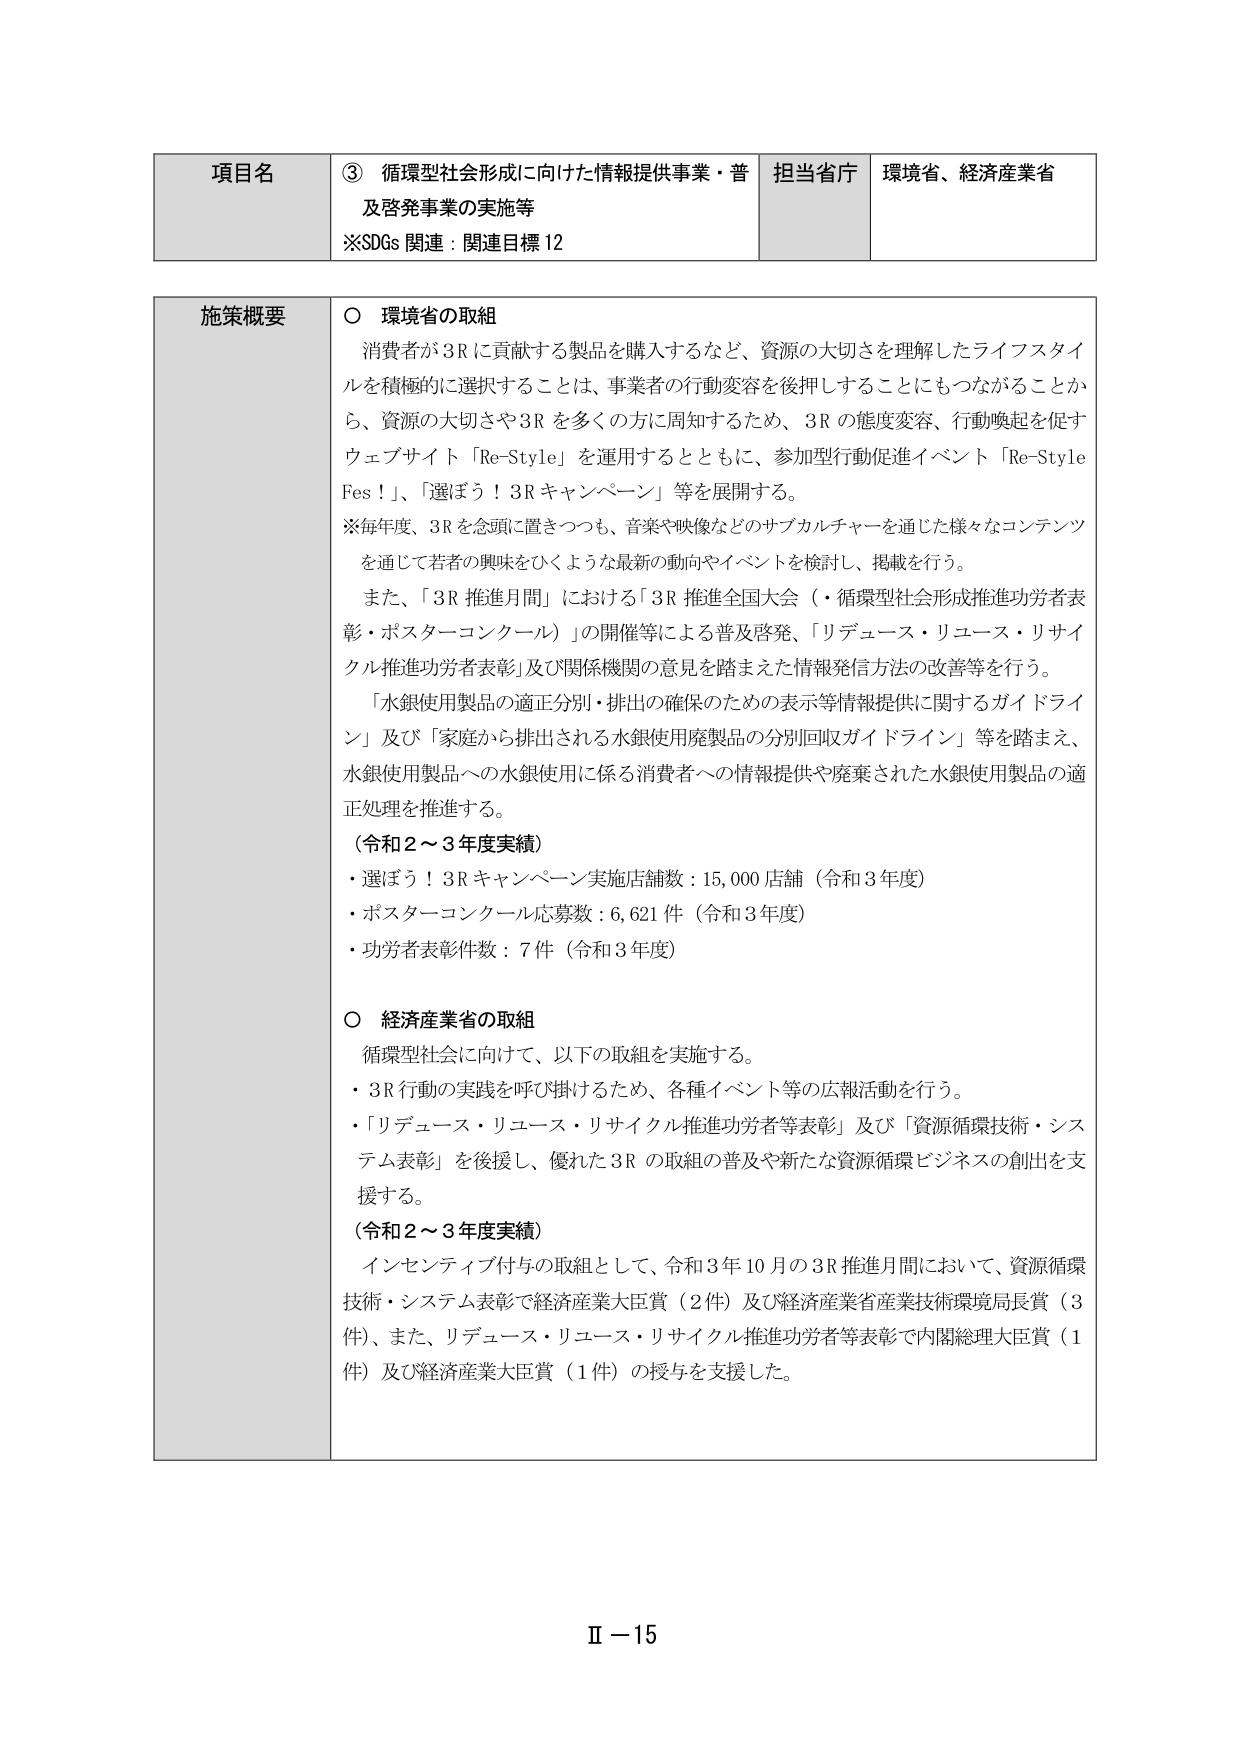
項目名 ③ 循環型社会形成に向けた情報提供事業・普及啓発事業の実施等
※SDGs 関連：関連目標12
担当省庁 環境省、経済産業省

施策概要
〇 環境省の取組
消費者が3Rに貢献する製品を購入するなど、資源の大切さを理解したライフスタイルを積極的に選択することは、事業者の行動変容を後押しすることにもつながることから、資源の大切さや3Rを多くの方に周知するため、3Rの態度変容、行動喚起を促すウェブサイト「Re-Style」を運用するとともに、参加型行動促進イベント「Re-Style Fes！」、「選ぼう！3Rキャンペーン」等を展開する。
※毎年度、3Rを念頭に置きつつも、音楽や映像などのサブカルチャーを通じた様々なコンテンツを通じて若者の興味をひくような最新の動向やイベントを検討し、掲載を行う。
また、「3R推進月間」における「3R推進全国大会（・循環型社会形成推進功労者表彰・ポスターコンクール）」の開催等による普及啓発、「リデュース・リユース・リサイクル推進功労者表彰」及び関係機関の意見を踏まえた情報発信方法の改善等を行う。
「水銀使用製品の適正分別・排出の確保のための表示等情報提供に関するガイドライン」及び「家庭から排出される水銀使用廃製品の分別回収ガイドライン」等を踏まえ、水銀使用製品への水銀使用に係る消費者への情報提供や廃棄された水銀使用製品の適正処理を推進する。
（令和2～3年度実績）
・選ぼう！3Rキャンペーン実施店舗数：15,000店舗（令和3年度）
・ポスターコンクール応募数：6,621件（令和3年度）
・功労者表彰件数：7件（令和3年度）

〇 経済産業省の取組
循環型社会に向けて、以下の取組を実施する。
・3R行動の実践を呼び掛けるため、各種イベント等の広報活動を行う。
・「リデュース・リユース・リサイクル推進功労者等表彰」及び「資源循環技術・システム表彰」を後援し、優れた3Rの取組の普及や新たな資源循環ビジネスの創出を支援する。
（令和2～3年度実績）
インセンティブ付与の取組として、令和3年10月の3R推進月間において、資源循環技術・システム表彰で経済産業大臣賞（2件）及び経済産業省産業技術環境局長賞（3件）、また、リデュース・リユース・リサイクル推進功労者等表彰で内閣総理大臣賞（1件）及び経済産業大臣賞（1件）の授与を支援した。

Ⅱ－15